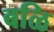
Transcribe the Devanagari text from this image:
बळि